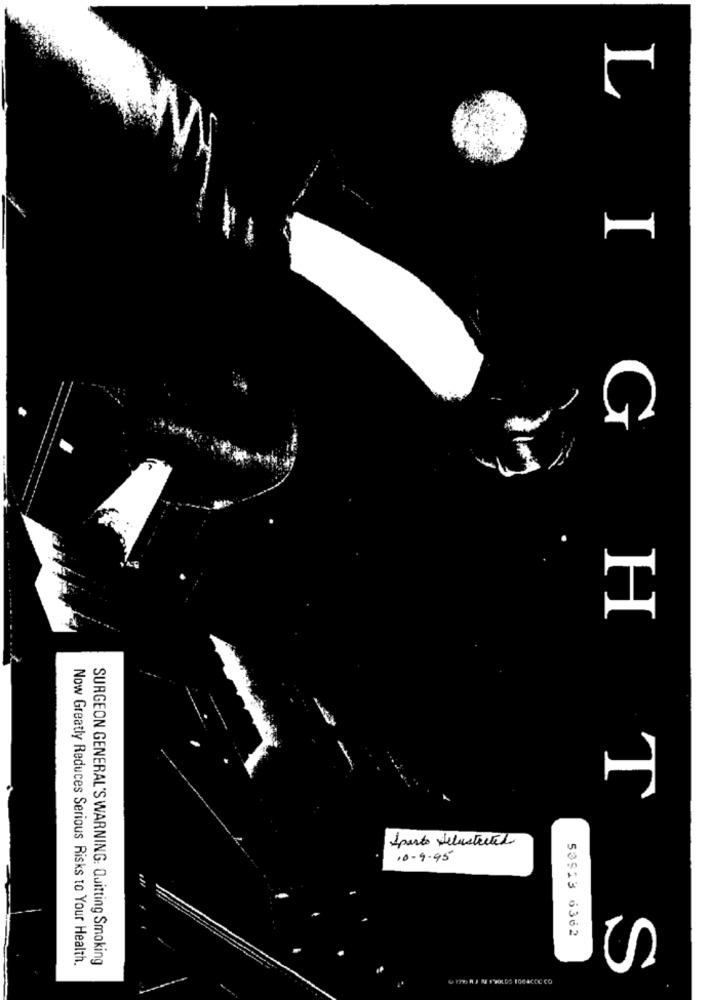
H
Aparte delustected
10-9-95
53913 6362
Now Greatly Reduces Serious Risks to Your Health.
SURGEON GENERAL'S WARNING: Quitting Smoking